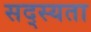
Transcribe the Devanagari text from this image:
सद्स्यता